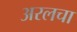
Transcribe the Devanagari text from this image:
अरलचा